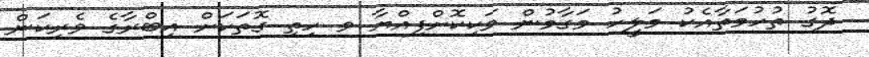
ދޮގު ތުހުމަތާއެކު މަލީހު މަގާމުން ވަކިކޮށްފިއްޔާ ވ ހިތި ގޮތަކަށް އިބްރާގެ ވެރިކަން